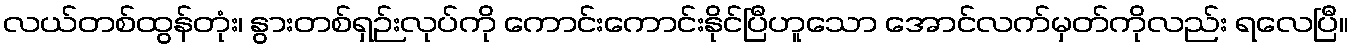
လယ်တစ်ထွန်တုံး၊ နွားတစ်ရှဉ်းလုပ်ကို ကောင်းကောင်းနိုင်ပြီဟူသော အောင်လက်မှတ်ကိုလည်း ရလေပြီ။